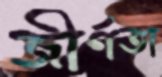
জীর্ণতা